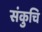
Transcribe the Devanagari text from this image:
संकुचि